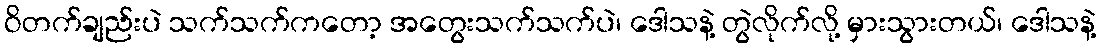
ဝိတက်ချည်းပဲ သက်သက်ကတော့ အတွေးသက်သက်ပဲ၊ ဒေါသနဲ့ တွဲလိုက်လို့ မှားသွားတယ်၊ ဒေါသနဲ့